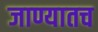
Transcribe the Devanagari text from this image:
जाण्यातच